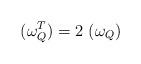
LaTeX: \begin{align*} (\omega_Q^{T})=2\ (\omega_Q)\end{align*}